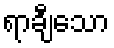
ရာချီသော